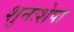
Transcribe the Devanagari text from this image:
शुनःशेपा